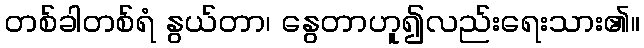
တစ်ခါတစ်ရံ နွယ်တာ၊ နွေတာဟူ၍လည်းရေးသား၏။